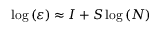
\begin{array} { r } { \log { \left( \varepsilon \right) } \approx I + S \log { ( N ) } ~ } \end{array}